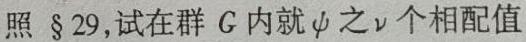
照 $\S 29$, 试在群 $G$ 内就 $\psi$ 之 $\nu$ 个相配值